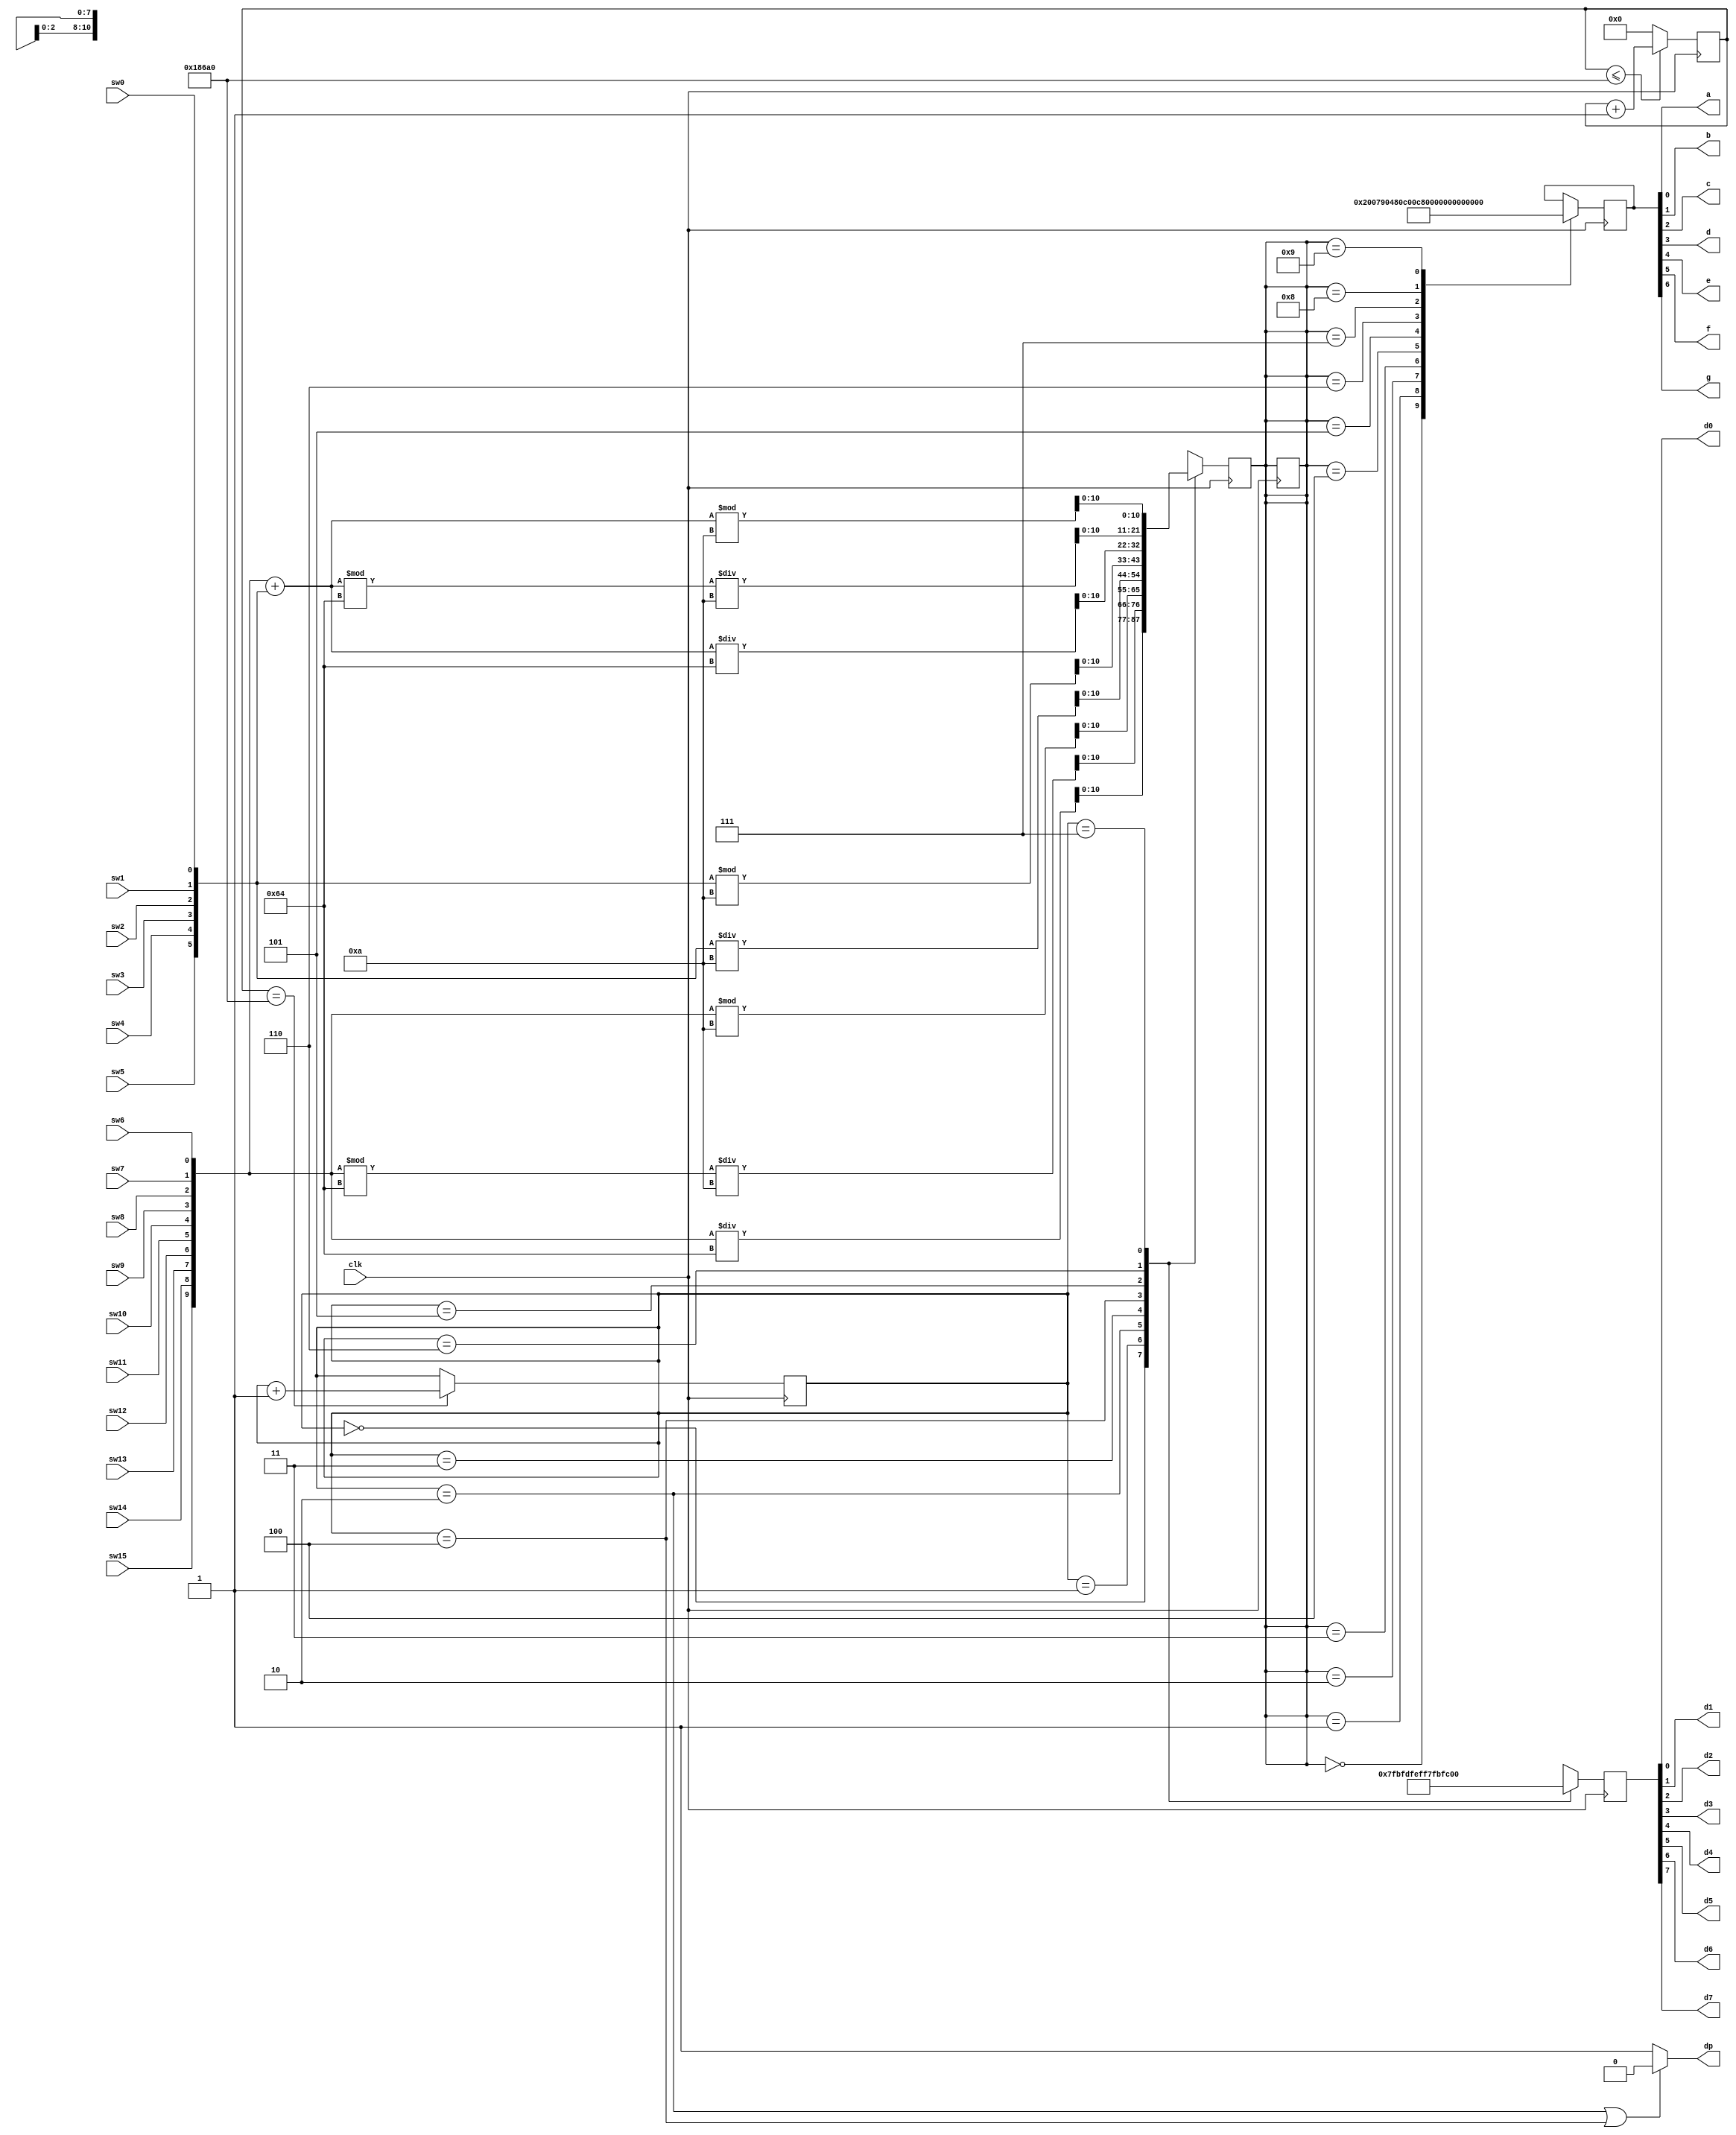
module adder(
input clk, 
input sw0,
input sw1,
input sw2,
input sw3,
input sw4,
input sw5,
input sw6,
input sw7,
input sw8,
input sw9,
input sw10,
input sw11,
input sw12,
input sw13,
input sw14,
input sw15,

output a,
output b,
output c,
output d,
output e,
output f,
output g,
output dp,
output d0,
output d1,
output d2,
output d3,
output d4,
output d5,
output d6,
output d7 
);

wire [9:0] second_number, first_number;
reg [17:0] counter;
reg [2:0] state;
reg [10:0] seg_number,seg_data;
wire [10:0] answer_number;
reg [7:0] scan;
//----------------------------Adder-------------------------------------//
assign	second_number = {4'b0,sw5,sw4,sw3,sw2,sw1,sw0}; //Input A
assign	first_number = {sw15,sw14,sw13,sw12,sw11,sw10,sw9,sw8,sw7,sw6};//Input B
assign	answer_number = first_number + second_number;// Answer
//-----------------------------------------------------------------------//

//8(d0~d7)7-segment(a~g) dpkU.
assign {d7,d6,d5,d4,d3,d2,d1,d0} = scan;
assign dp = ((state==2) || (state==4)) ? 0 : 1; //3,5dp light_on
always@(posedge clk) begin
  counter <=(counter<=100000) ? (counter +1) : 0;
  state <= (counter==100000) ? (state + 1) : state;
   case(state)
	0:begin
	  seg_number <= first_number/100;//first_number
	  scan <= 8'b0111_1111;//0 N7q
	end
	1:begin
	  seg_number <= (first_number%100)/10;//first_numberQ
	  scan <= 8'b1011_1111;
	end
	2:begin
	  seg_number <= first_number%10;//first_number
	  scan <= 8'b1101_1111;
	end
	3:begin
	  seg_number <= second_number/10;//second_numberQ
	  scan <= 8'b1110_1111;
	end
	4:begin
	  seg_number <= second_number%10;//second_number
	  scan <= 8'b1111_0111;
	end
	5:begin
	  seg_number <= answer_number/100;//answer_number
	  scan <= 8'b1111_1011;
	end
	6:begin
	  seg_number <= (answer_number%100)/10;
	  scan <= 8'b1111_1101;
	end
	7:begin
	  seg_number <= answer_number%10;
	  scan <= 8'b1111_1110;
	end
	default: state <= state;
  endcase 
end  

//7-segment XrX
assign {g,f,e,d,c,b,a} = seg_data;
always@(posedge clk) begin  
  case(seg_number)
	16'd0:seg_data <= 7'b100_0000;
	16'd1:seg_data <= 7'b111_1001;
	16'd2:seg_data <= 7'b010_0100;
	16'd3:seg_data <= 7'b011_0000;
	16'd4:seg_data <= 7'b001_1001;
	16'd5:seg_data <= 7'b001_0010;
	16'd6:seg_data <= 7'b000_0010;
	16'd7:seg_data <= 7'b101_1000;
	16'd8:seg_data <= 7'b000_0000;
	16'd9:seg_data <= 7'b001_0000;
	default: seg_number <= seg_number;
  endcase
end 
endmodule